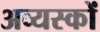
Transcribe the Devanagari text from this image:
अव्यस्कों